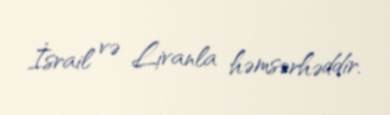
İsrail və Livanla həmsərhəddir.